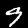
Label: 9